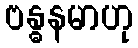
ဗန္ဓနမာဟု